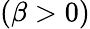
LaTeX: \left(\beta>0\right)